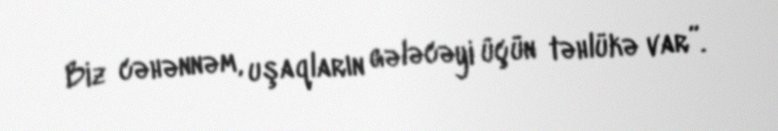
Biz cəhənnəm, uşaqların gələcəyi üçün təhlükə var”.